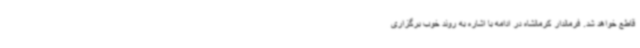
قاطع خواهد شد. فرماندار کرمانشاه در ادامه با اشاره به روند خوب برگزاری